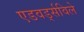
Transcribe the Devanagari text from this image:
एडवर्ड्सविले